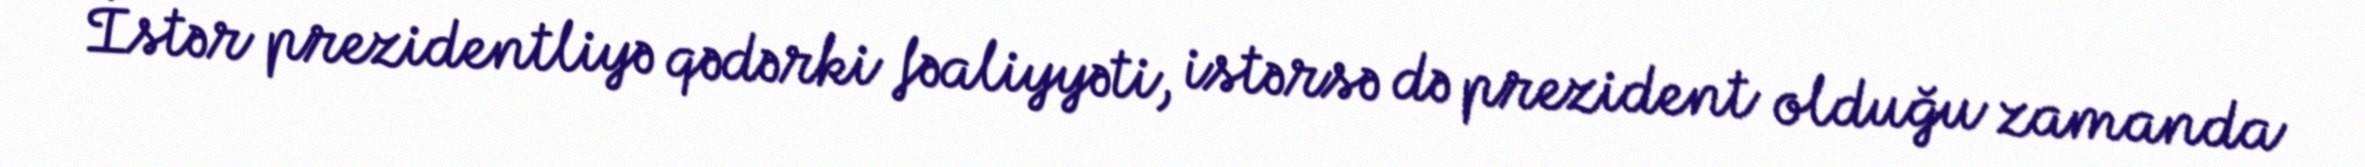
İstər prezidentliyə qədərki fəaliyyəti, istərsə də prezident olduğu zamanda